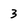
Character: 3